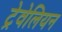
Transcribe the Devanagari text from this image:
ट्रेवेलियन